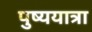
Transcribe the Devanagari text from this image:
पुष्ययात्रा